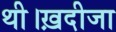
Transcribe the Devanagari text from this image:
थी।ख़दीजा